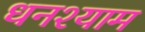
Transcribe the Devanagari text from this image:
धनश्याम